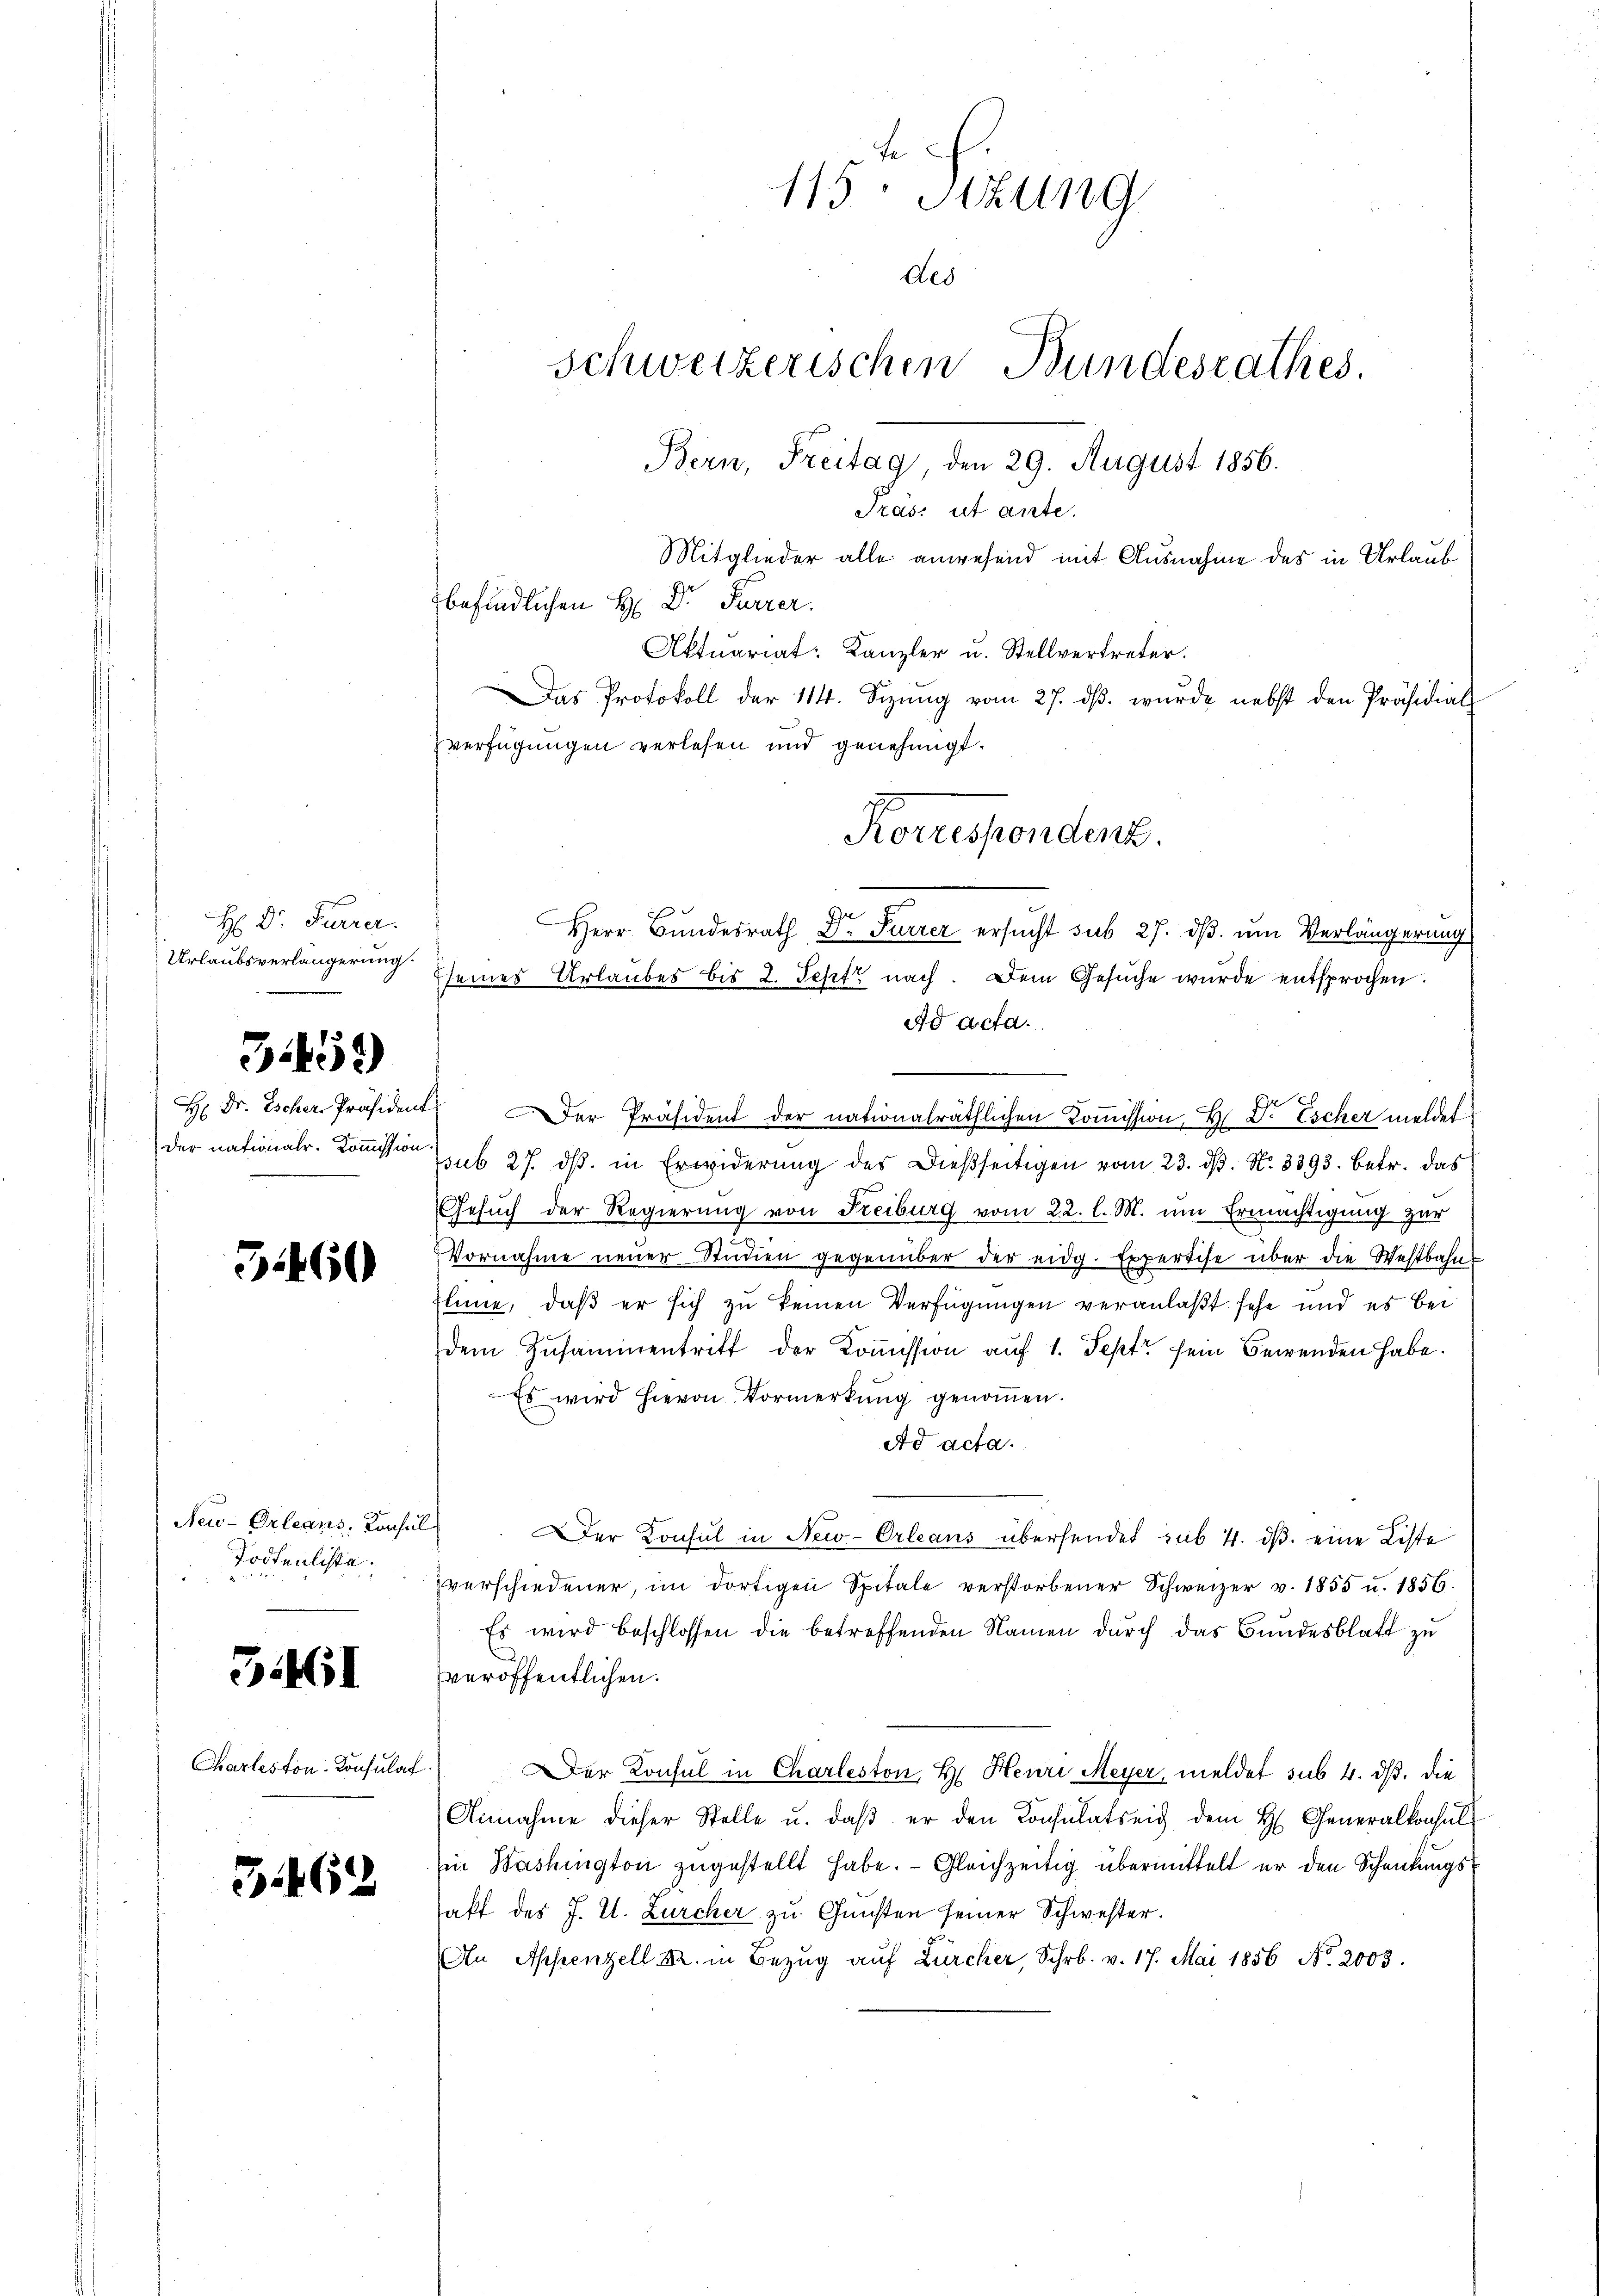
H: Dr. Furrer.
Urlaubsverlängerung.

3459)

H: Dr. Escher-Präsident
der nationalr. Kommission

3460

Neu-Orleans, Konsul
Todtenliste.

51461

Charteston. Konsulat

3462

115 Stzung
Ded
Schweizerischen Bundesrathes.
Bern, Freitag den 29. August 1856.
Pras: ut ante.
Mitglieder alle anwesend mit Ausnahme des in Urlaub
befindlichen H: Dr. Furrer.

Aktuariat: Kanzler u. Stellvertreter.
Das Protokoll der 114. Sizŭng vom 27. dβ. wurde nebst den Präsidial
verfügungen verlesen und genehmigt.
Ie
Herr Bundesrath, 2. Furrer ersucht sub 27. dß. um Verlängerung
seines Urlaubes bis 2. Septe nach. Dem Gesuche wurde entsprochen.
ad acta.
Der Präsident der nationalräthlichen Kommission, H. Dr Escher meldet
ssub 27. dβ. in Erwiderŭng des Dießseitigen vom 23. dβ. N. 3393. betr. das
Gesuch der Regierung von Freiburg vom 22. l. M. um Ermächtigung zur
Vornahme neuer Studien gegenüber der eidg. Expertise über die Westbahn
Enne, daß er sich zu keinen Verfügungen veranlaßt sehe und es bei
dem Zusammentritt der Kommission auf 1. Sept sein Bewenden habe.
Es wird hievon Vormerkung genoṁen.
Ad acta.
er Konsul in New-Orleans übersendet sub. 4. ds. eine Liste
verschiedener, im dortigen Spitale verstorbener Schweizer v. 1855 u. 1856.
Es wird beschlossen die betreffenden Namen durch das Bundesblatt zu
.
veröffentlichen.
Der Konsul in Charleston, H. Heuri Meyer, meldet sub 4. ds. die
Annahme dieser Stelle u. daβ er den Konsulatseid dem H. Generalkonsul
in Washington zugestellt habe. Gleichzeitig übermittelt er den Schenkungs
haft des J. U. Zürcher zu Gunsten seiner Schwester.
An Appenzell Kr. in Bezug auf Zürcher, Schr. v. 17. Mai 1856 No. 2003.

Korrespondenz.